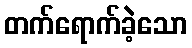
တက်ရောက်ခဲ့သော